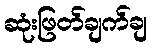
ဆုံးဖြတ်ချက်ချ